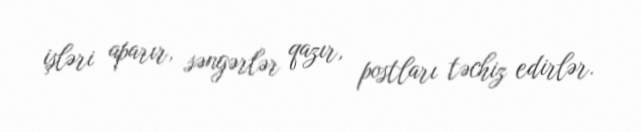
işləri aparır, səngərlər qazır, postları təchiz edirlər.